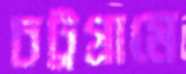
চট্রগ্রামে